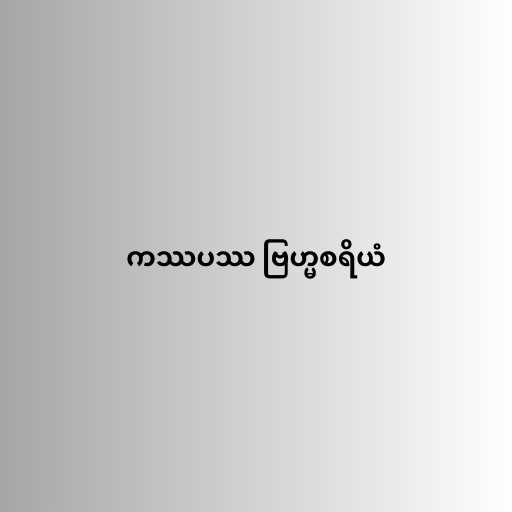
ကဿပဿ ဗြဟ္မစရိယံ